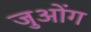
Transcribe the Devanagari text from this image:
जुओंग